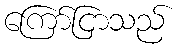
ကြော်ငြာသည်